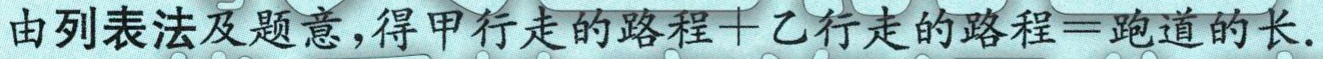
由列表法及题意,得甲行走的路程+乙行走的路程=跑道的长.